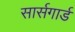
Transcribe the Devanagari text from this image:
सार्सगार्ड